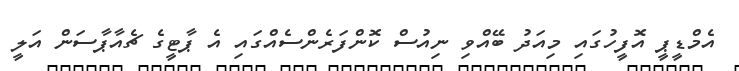
އެމްޑީޕީ އޮފީހުގައި މިއަދު ބޭއްވި ނިއުސް ކޮންފަރެންސެއްގައި އެ ޕާޓީގެ ޗެއާޕާސަން އަލީ